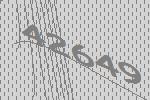
42649